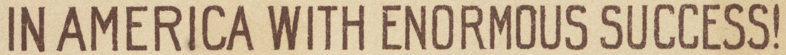
IN AMERICA WITH ENORMOUS SUCCESS!